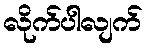
လိုက်ပါလျက်